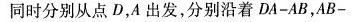
同时分别从点D，A出发，分别沿着$$D A - A B$$，$$A B -